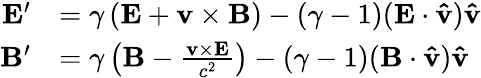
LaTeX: {\begin{array}{rl}{\mathbf{E}^{\prime}}&{=\gamma\left(\mathbf{E}+\mathbf{v}\times\mathbf{B}\right)-\left({\gamma-1}\right)(\mathbf{E}\cdot\mathbf{\hat{v}})\mathbf{\hat{v}}}\\ {\mathbf{B}^{\prime}}&{=\gamma\left(\mathbf{B}-{\frac{\mathbf{v}\times\mathbf{E}}{c^{2}}}\right)-\left({\gamma-1}\right)(\mathbf{B}\cdot\mathbf{\hat{v}})\mathbf{\hat{v}}}\end{array}}